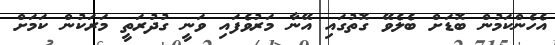
އެހެންކަމުން ބޮޑަށް ބެލެވޭ ގޮތުގައި އޭނާ މަރުވެފައި ވަނީ ގުދުރަތީ މަރަކުން ކަމަށް